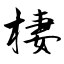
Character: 棲